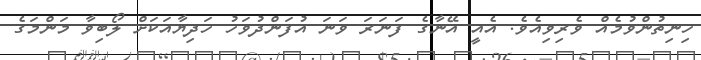
ހިިނިތުންވުމެއް ވެރިވިއެވެ. އެއީ އޭނާގެ ފަނަރަ ވަނަ އުފަންދުވަހު ހަދިޔާއަކަށް ލޯބިވާ މަންމަގެ